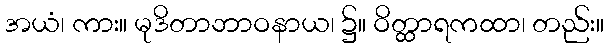
အယံ၊ ကား။ မုဒိတာဘာဝနာယ၊ ၌။ ဝိတ္ထာရကထာ၊ တည်း။